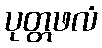
ပုတ္တဖလံ